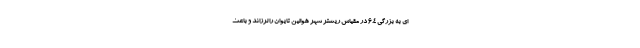
ای به بزرگی ۶.۴ در مقیاس ریشتر شهر هوالین تایوان را لرزاند و باعث